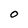
Character: O